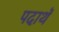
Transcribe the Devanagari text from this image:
पदाथॅ